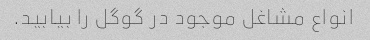
انواع مشاغل موجود در گوگل را بیابید.